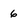
Character: 6